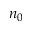
n _ { 0 }